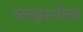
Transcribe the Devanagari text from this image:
ब्लड़स्तोक